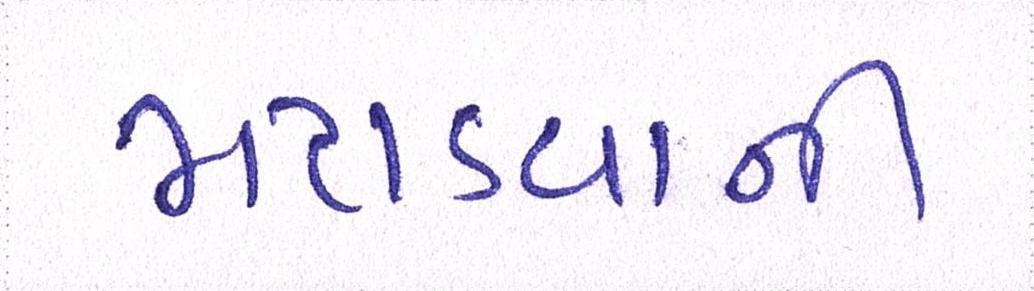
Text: મટાડવાની